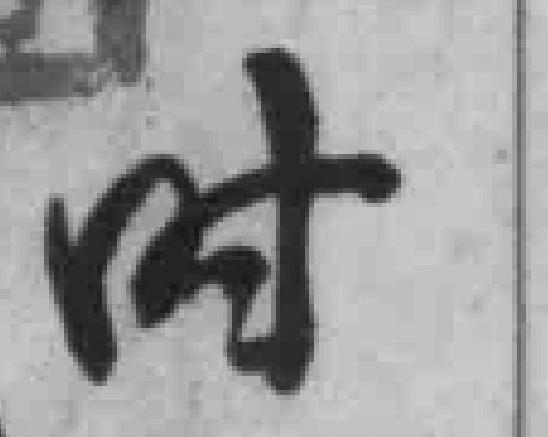
时